Vaccination in Bombay 1869-1873 - 1869-1873
Year: 1869
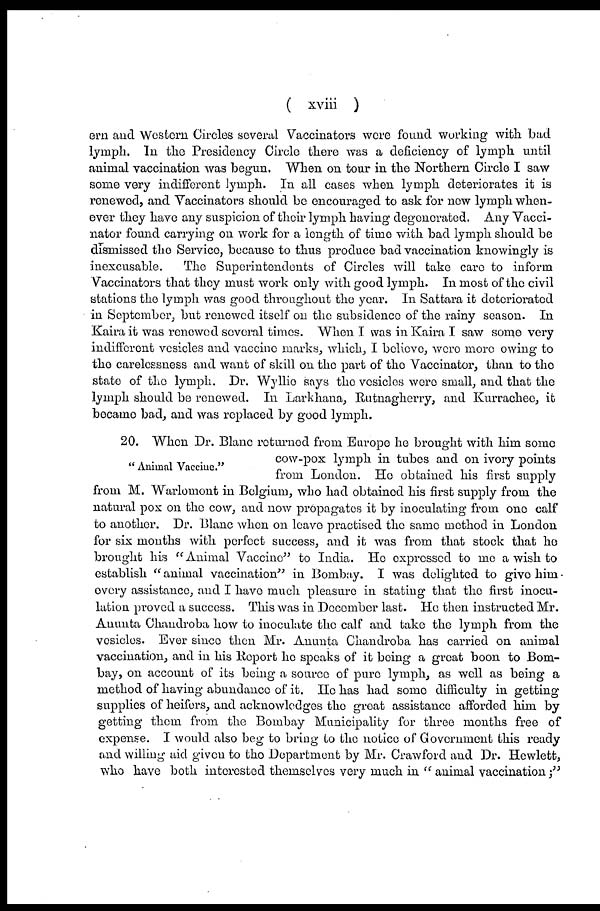
( xviii )
ern and Western Circles several Vaccinators were found working with bad
lymph. In the Presidency Circle there was a deficiency of lymph until
animal vaccination was begun. When on tour in the Northern Circle I saw
some very indifferent lymph. In all cases when lymph deteriorates it is
renewed, and Vaccinators should be encouraged to ask for now lymph when-
ever they have any suspicion of their lymph having degenerated. Any Vacci-
nator found carrying on work for a length of time with bad lymph should be
dismissed the Service, because to thus produce bad vaccination knowingly is
inexcusable.
The Superintendents of Circles will take care to inform
Vaccinators that they must work only with good lymph. In most of the civil
stations the lymph was good throughout the year. In Sattara it deteriorated
in September, but renewed itself on the subsidence of the rainy season. In
Kaira it was renewed several times. When I was in Kaira I saw some very
indifferent vesicles and vaccine marks, which, I believe, were more owing to
the carelessness and want of skill on the part of the Vaccinator, than to the
state of the lymph. Dr. Wyllie says the vesicles were small, and that the
lymph should be renewed. In Larkhana, Rutnagherry, and Kurrachee, it
became bad, and was replaced by good lymph.
" Animal Vaccine."
20. When Dr. Blanc returned from Europe he brought with him some
cow-pox lymph in tubes and on ivory points
from London. He obtained his first supply
from M. Warlomont in Belgium, who had obtained his first supply from the
natural pox on the cow, and now propagates it by inoculating from one calf
to another. Dr. Blane when on leave practised the same method in London
for six months with perfect success, and it was from that stock that he
brought his "Animal Vaccine" to India. He expressed to me a wish to
establish " animal vaccination" in Bombay. I was delighted to give him
every assistance, and I have much pleasure in stating that the first inocu-
lation proved a success. This was in December last. He then instructed Mr.
Anunta Chandroba how to inoculate the calf and take the lymph from the
vesicles. Ever since then Mr. Anunta Chandroba has carried on animal
vaccination, and in his Report he speaks of it being a great boon to Bom-
bay, on account of its being a source of pure lymph, as well as being a
method of having abundance of it. He has had some difficulty in getting
supplies of heifers, and acknowledges the great assistance afforded him by
getting them from the Bombay Municipality for three months free of
expense. I would also beg to bring to the notice of Government this ready
and willing aid given to the Department by Mr. Crawford and Dr. Hewlett,
who have both interested themselves very much in " animal vaccination ;"